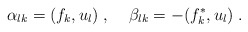
\begin{align*}\alpha_{lk}=(f_k,u_l) \; , \;\;\;\; \beta_{lk}=-(f^*_k,u_l) \; .\end{align*}